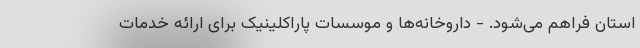
استان فراهم می‌شود. - داروخانه‌ها و موسسات پاراکلینیک برای ارائه خدمات